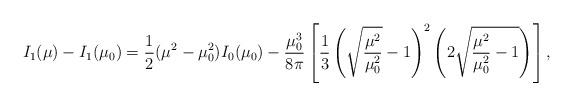
LaTeX: \begin{align*}I_1(\mu)-I_1(\mu_0)={1\over 2}(\mu^2-\mu_0^2)I_0(\mu_0) - \frac {\mu_0^3}{8 \pi} \left[ {1\over 3} \left( \sqrt{\frac {\mu^2} {\mu_0^2}} -1\right)^2\left( 2 \sqrt{\frac {\mu^2} {\mu_0^2} -1} \right) \right],\end{align*}